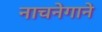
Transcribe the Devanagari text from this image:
नाचनेगाने